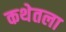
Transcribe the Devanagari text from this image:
कथेतला